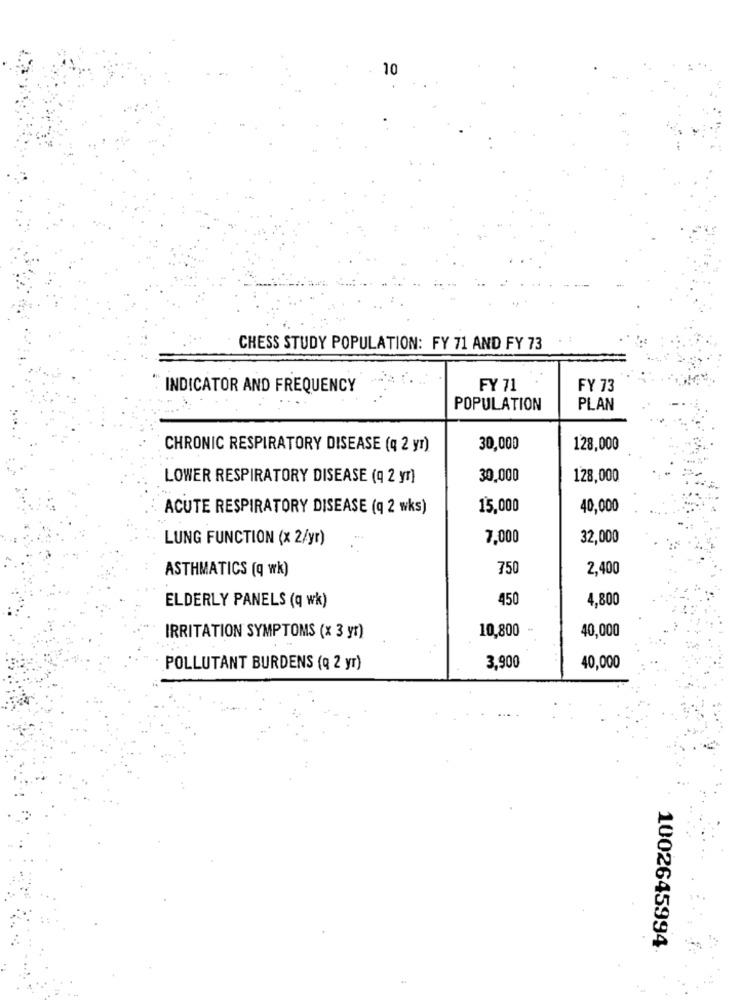
10
CHESS STUDY POPULATION: FY 71 AND FY 73
INDICATOR AND FREQUENCY
FY 71
FY 73
POPULATION
PLAN
CHRONIC RESPIRATORY DISEASE (q 2 yr)
30,000
128,000
LOWER RESPIRATORY DISEASE (q 2 yr)
30,000
128,000
ACUTE RESPIRATORY DISEASE (q 2 wks)
15,000
40,000
LUNG FUNCTION (x 2/yr)
7,000
32,000
ASTHMATICS (q wk)
750
2,400
ELDERLY PANELS (q wk)
450
4,800
10,800
40,000
IRRITATION SYMPTOMS (x 3 yr)
POLLUTANT BURDENS (q 2 yr)
3,900
40,000
1002645994